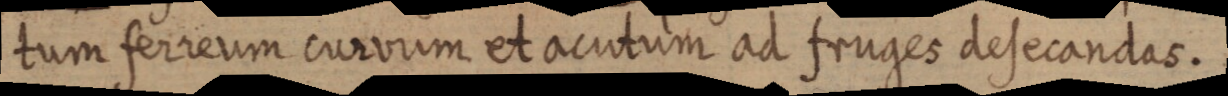
tum ferreum curvum et acutum ad fruges desecandas.